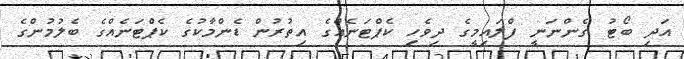
އަދި ބޯޓު ގެންނަނީ ފްލައިމީގެ ދިވެހި ކެޕްޓަނެއްގެ އިތުރުން ޑެންމާކުގެ ކެޕްޓަނެއްގެ ބެލުމުންގެ